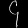
Digit: ၄